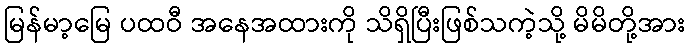
မြန်မာ့မြေ ပထဝီ အနေအထားကို သိရှိပြီးဖြစ်သကဲ့သို့ မိမိတို့အား